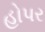
હોપર